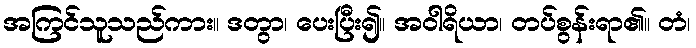
အကြင်သူသည်ကား။ ဒတွာ၊ ပေးပြီး၍။ အဝါရိယာ၊ တပ်စွန်းရာ၏။ တံ၊